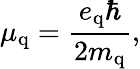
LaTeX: \mu_{\mathrm{q}}={\frac{e_{\mathrm{q}}\hbar}{2m_{\mathrm{q}}}},